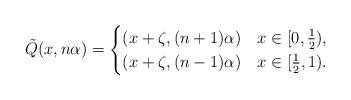
LaTeX: \begin{align*}\tilde{Q}(x,n\alpha) = \begin{cases}(x+\zeta,(n+1)\alpha) & x\in [0,\frac{1}{2}), \\(x+\zeta,(n-1)\alpha) & x\in [\frac{1}{2},1).\end{cases}\end{align*}